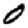
Digit: 0